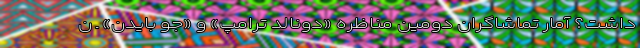
داشت؟ آمار تماشاگران دومین مناظره «دونالد ترامپ» و «جو بایدن» ـ ن